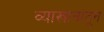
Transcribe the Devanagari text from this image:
व्याखानांतून